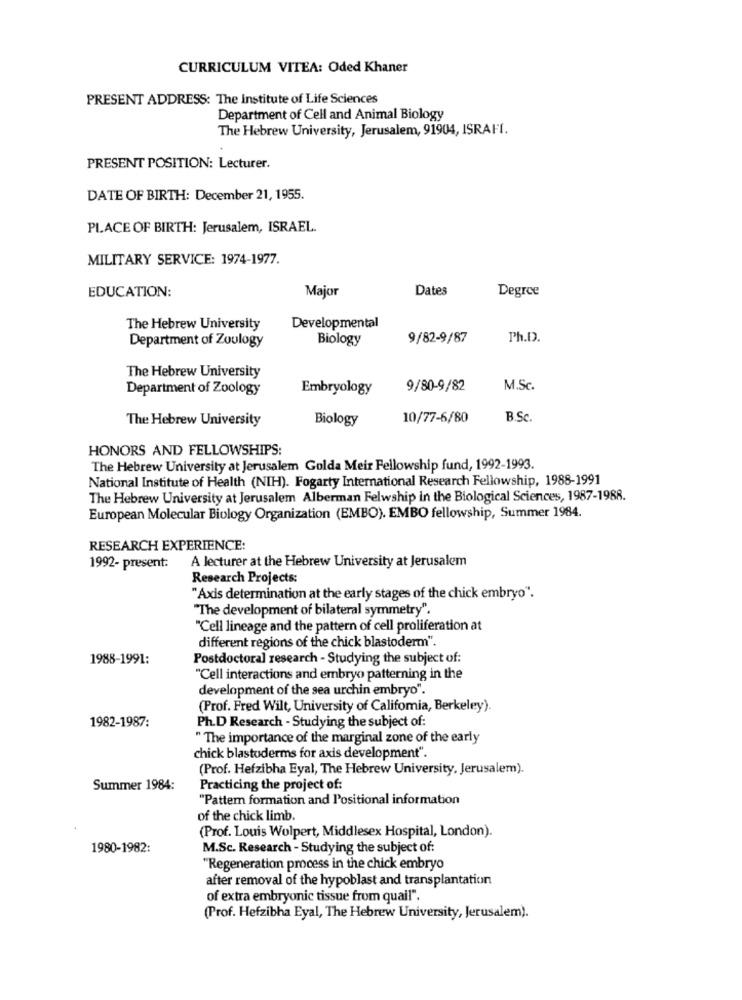
CURRICULUM VITEA: Oded Khaner
PRESENT ADDRESS: The Institute of Life Sciences
Department of Cell and Animal Biology
The Hebrew University, Jerusalem, 91904, ISRAFI.
PRESENT POSITION: Lecturer.
DATE OF BIRTH: December 21, 1955.
PLACE OF BIRTH: Jerusalem, ISRAEL.
MILITARY SERVICE: 1974-1977.
EDUCATION:
Dates
Degree
Major
The Hebrew University
Developmental
Department of Zoulogy
Biology
9/82-9/87
Ph.D.
The Hebrew University
Department of Zoology
Embryology
9/80-9/82
M.Sc.
The Hebrew University
Biology
10/77-6/80
B.Sc.
HONORS AND FELLOWSHIPS:
The Hebrew University at Jerusalem Golda Meir Fellowship fund, 1992-1993.
National Institute of Health (NIH). Fogarty International Research Fellowship, 1988-1991
The Hebrew University at Jerusalem Alberman Felwship in the Biological Sciences, 1987-1988.
European Molecular Biology Organization (EMBO). EMBO fellowship, Summer 1984.
RESEARCH EXPERIENCE:
A lecturer at the Hebrew University at Jerusalem
1992- present:
Research Projects:
"Axis determination at the early stages of the chick embryo".
"The development of bilateral symmetry".
"Cell lineage and the pattern of cell proliferation at
different regions of the chick blastoderm".
1988-1991:
Postdoctoral research - Studying the subject of:
"Cell interactions and embryo patterning in the
development of the sea urchin embryo".
(Prof. Fred Wilt, University of California, Berkeley).
1982-1987:
Ph.D Research - Studying the subject of:
" The importance of the marginal zone of the early
chick blastoderms for axis development".
(Prof. Hefzibha Eyal, The Hebrew University, Jerusalem).
Summer 1984:
Practicing the project of:
"Pattern formation and Positional information
of the chick limb.
(Prof. Louis Wolpert, Middlesex Hospital, London).
1980-1982:
M.Sc. Research - Studying the subject of:
"Regeneration process in the chick embryo
after removal of the hypoblast and transplantation
of extra embryonic tissue from quail".
(Prof. Hefzibha Eyal, The Hebrew University, Jerusalem).